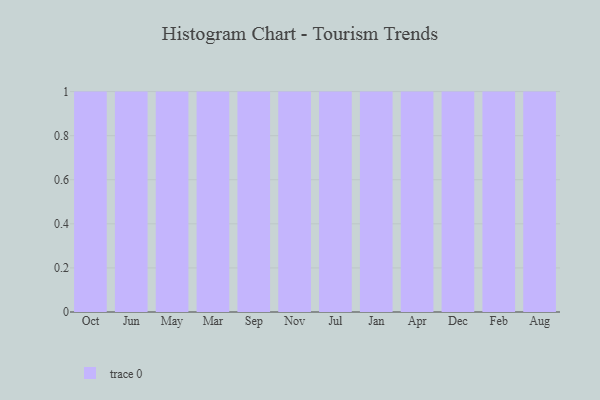
{"axis": {"x": "Month", "y": "Humidity (%)"}, "legend": [""], "data": [{"x": "Oct", "y": 41, "type": ""}, {"x": "Jun", "y": 77, "type": ""}, {"x": "May", "y": 36, "type": ""}, {"x": "Mar", "y": 37, "type": ""}, {"x": "Sep", "y": 32, "type": ""}, {"x": "Nov", "y": 9, "type": ""}, {"x": "Jul", "y": 28, "type": ""}, {"x": "Jan", "y": 4, "type": ""}, {"x": "Apr", "y": 57, "type": ""}, {"x": "Dec", "y": 46, "type": ""}, {"x": "Feb", "y": 28, "type": ""}, {"x": "Aug", "y": 97, "type": ""}]}